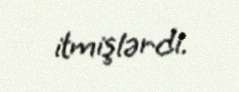
itmişlərdi.